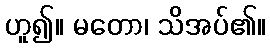
ဟူ၍။ မတော၊ သိအပ်၏။